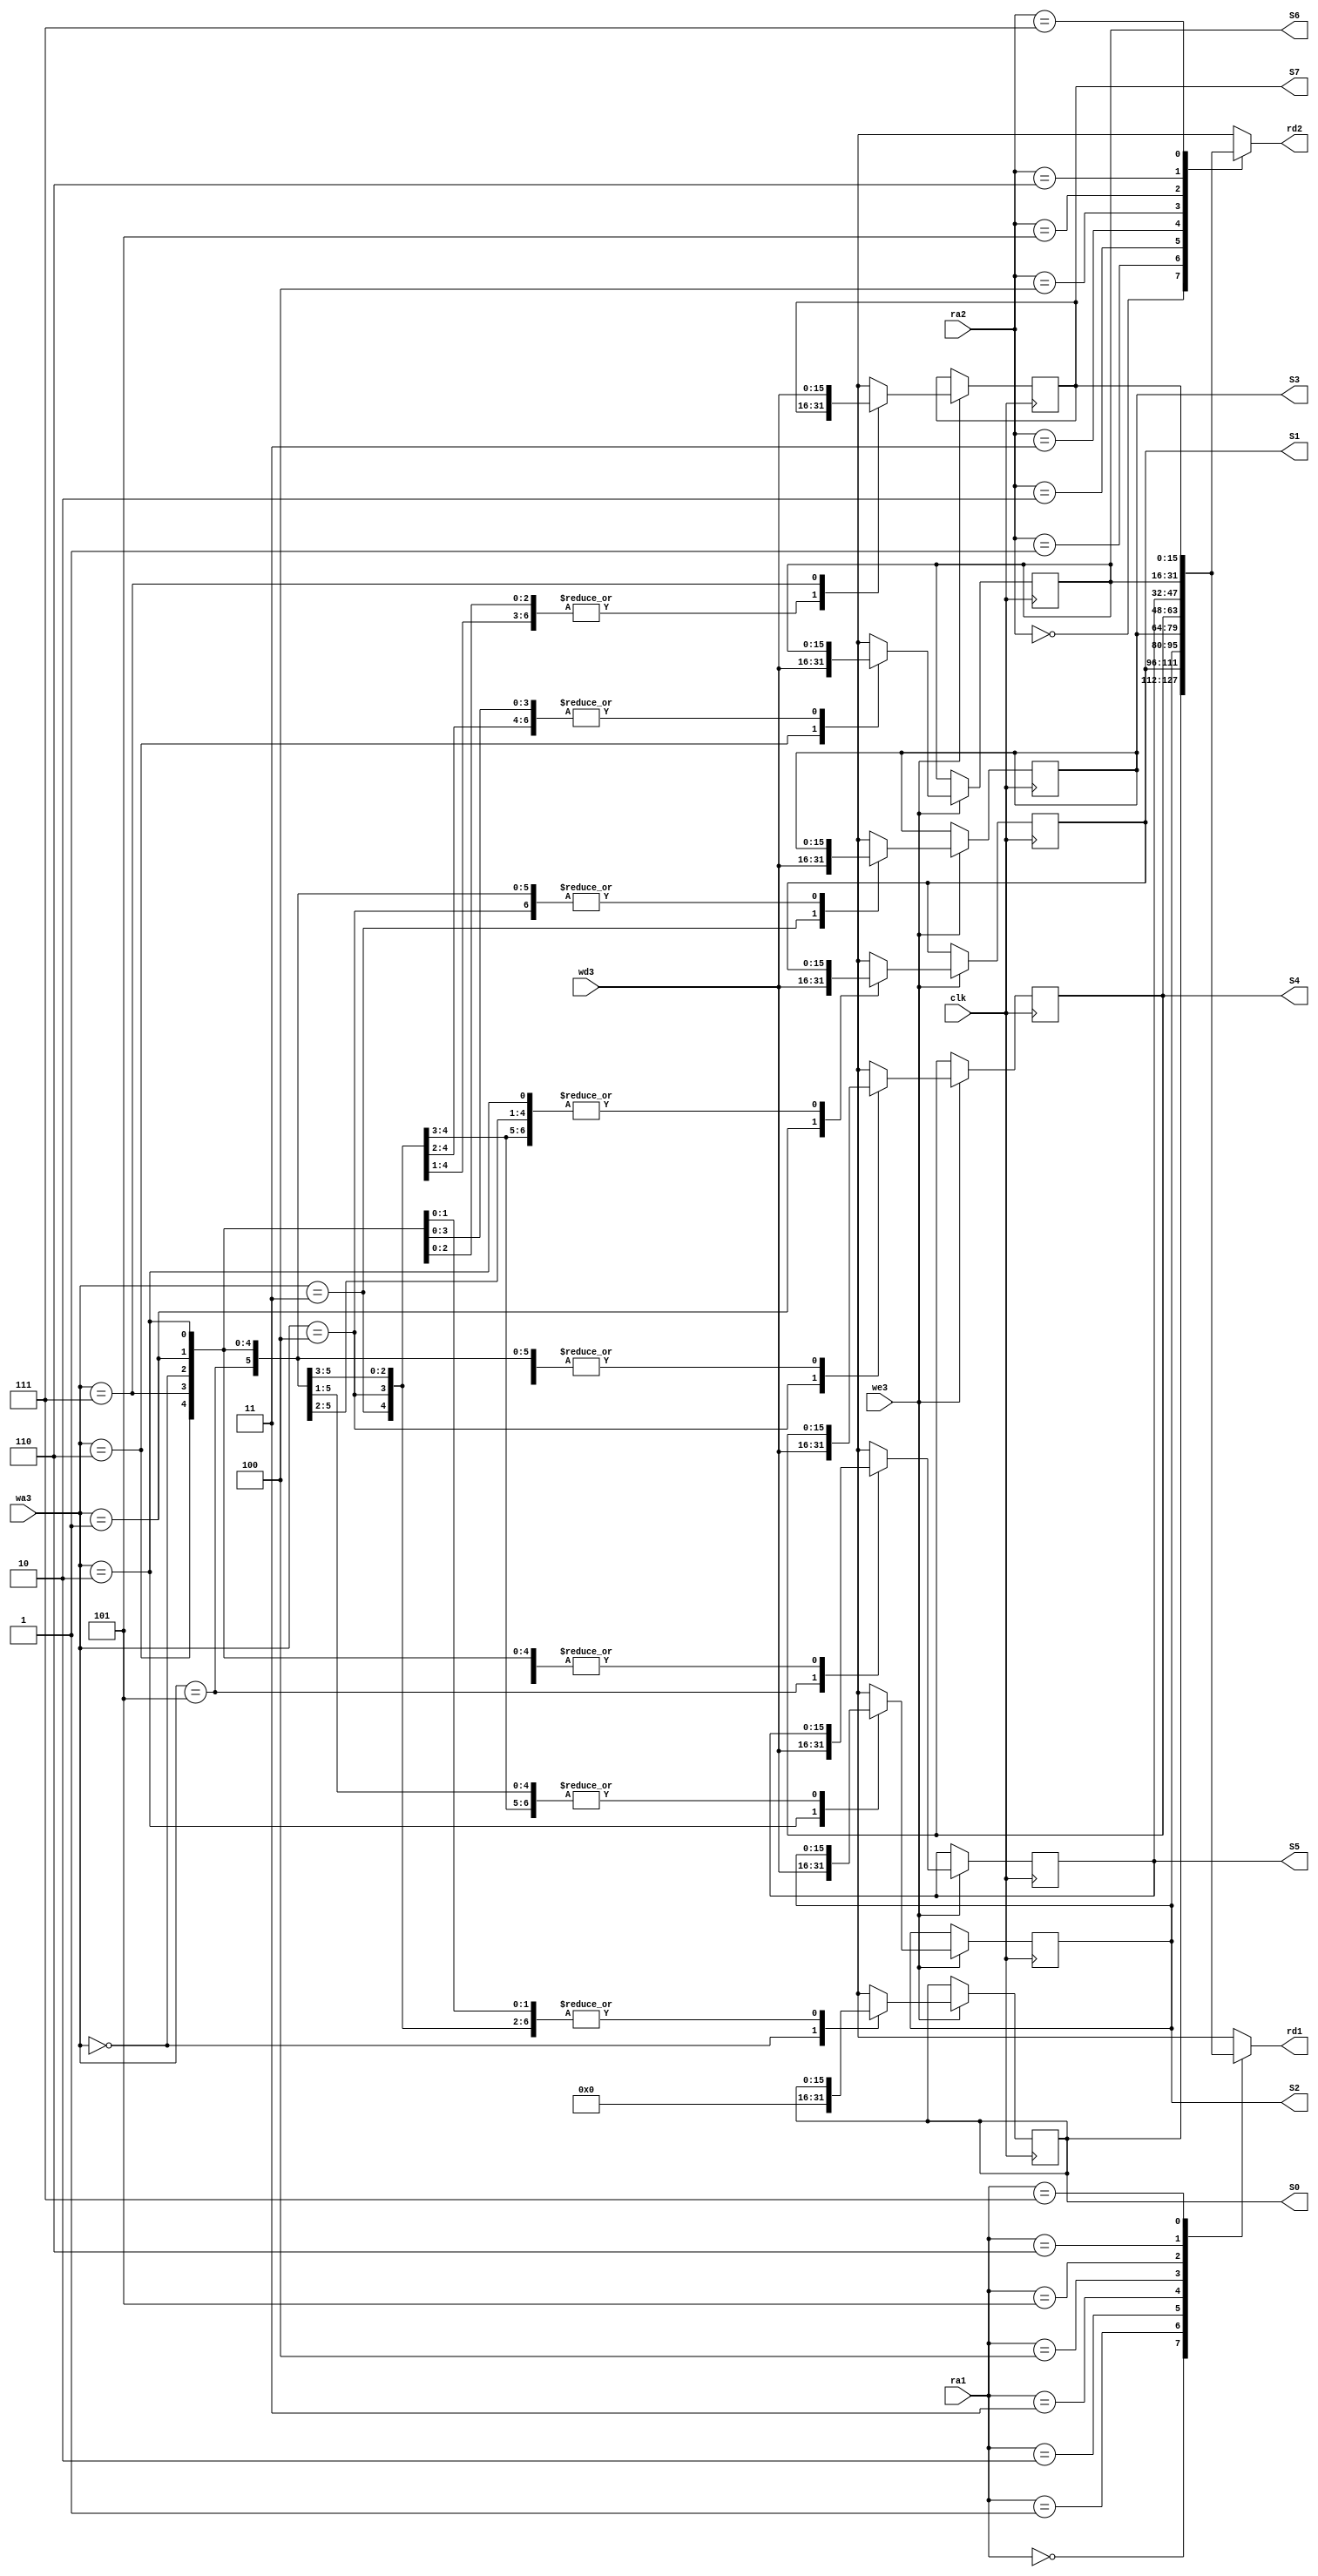
module RegisterFile(
input [15:0] wd3,
input [2:0] wa3, ra1, ra2,
input we3, clk,
output reg [15:0] rd1,rd2,
output reg[15:0] S0,S1,S2,S3,S4,S5,S6,S7
);

reg [15:0] r0,r1,r2,r3,r4,r5,r6,r7;

	always @(posedge clk)
	begin
		if(we3)
		begin
			case(wa3)
			0 : r0 = 0;
			1 : r1 = wd3;
			2 : r2 = wd3;
			3 : r3 = wd3;
			4 : r4 = wd3;
			5 : r5 = wd3;
			6 : r6 = wd3;
			7 : r7 = wd3;
			endcase
		end
	end
	
	always @(ra1 or ra2)
	begin
		case(ra1)
		0 : rd1 = r0;
		1 : rd1 = r1; 
		2 : rd1 = r2;
		3 : rd1 = r3;
		4 : rd1 = r4; 
		5 : rd1 = r5; 
		6 : rd1 = r6; 
		7 : rd1 = r7;
		endcase
		
		case(ra2)
		0 : rd2 = r0;
		1 : rd2 = r1; 
		2 : rd2 = r2;
		3 : rd2 = r3;
		4 : rd2 = r4; 
		5 : rd2 = r5; 
		6 : rd2 = r6; 
		7 : rd2 = r7;
		endcase
	 S0 = r0;
	 S1 = r1;	
	 S2 = r2;	
	 S3 = r3;	
	 S4 = r4;	
	 S5 = r5;	
	 S6 = r6;
	 S7 = r7;
	
	end


endmodule